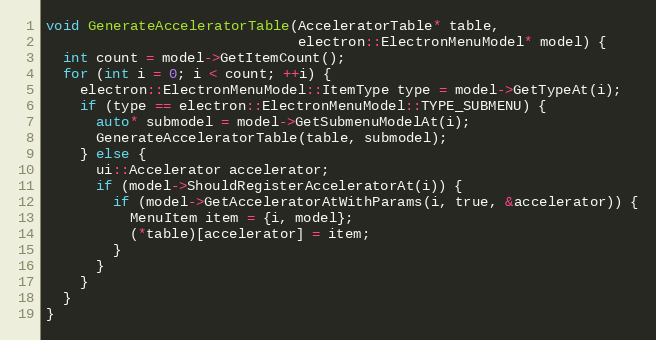
Language: C++
void GenerateAcceleratorTable(AcceleratorTable* table,
                              electron::ElectronMenuModel* model) {
  int count = model->GetItemCount();
  for (int i = 0; i < count; ++i) {
    electron::ElectronMenuModel::ItemType type = model->GetTypeAt(i);
    if (type == electron::ElectronMenuModel::TYPE_SUBMENU) {
      auto* submodel = model->GetSubmenuModelAt(i);
      GenerateAcceleratorTable(table, submodel);
    } else {
      ui::Accelerator accelerator;
      if (model->ShouldRegisterAcceleratorAt(i)) {
        if (model->GetAcceleratorAtWithParams(i, true, &accelerator)) {
          MenuItem item = {i, model};
          (*table)[accelerator] = item;
        }
      }
    }
  }
}